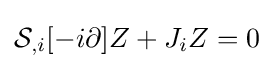
{\mathcal {S}}_{,i}[-i\partial ]Z+J_{i}Z=0